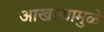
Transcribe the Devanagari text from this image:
आखल्यामुळे